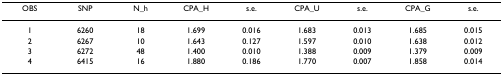
| OBS | SNP | N_h | CPA_H | s.e. | CPA_U | s.e. | CPA_G | s.e. |
 | --- | --- | --- | --- | --- | --- | --- | --- | --- |
 | 1 | 6260 | 18 | 1.699 | 0.016 | 1.683 | 0.013 | 1.685 | 0.015 |
 | 2 | 6267 | 10 | 1.643 | 0.127 | 1.597 | 0.010 | 1.638 | 0.012 |
 | 3 | 6272 | 48 | 1.400 | 0.010 | 1.388 | 0.009 | 1.379 | 0.009 |
 | 4 | 6415 | 16 | 1.880 | 0.186 | 1.770 | 0.007 | 1.858 | 0.014 |